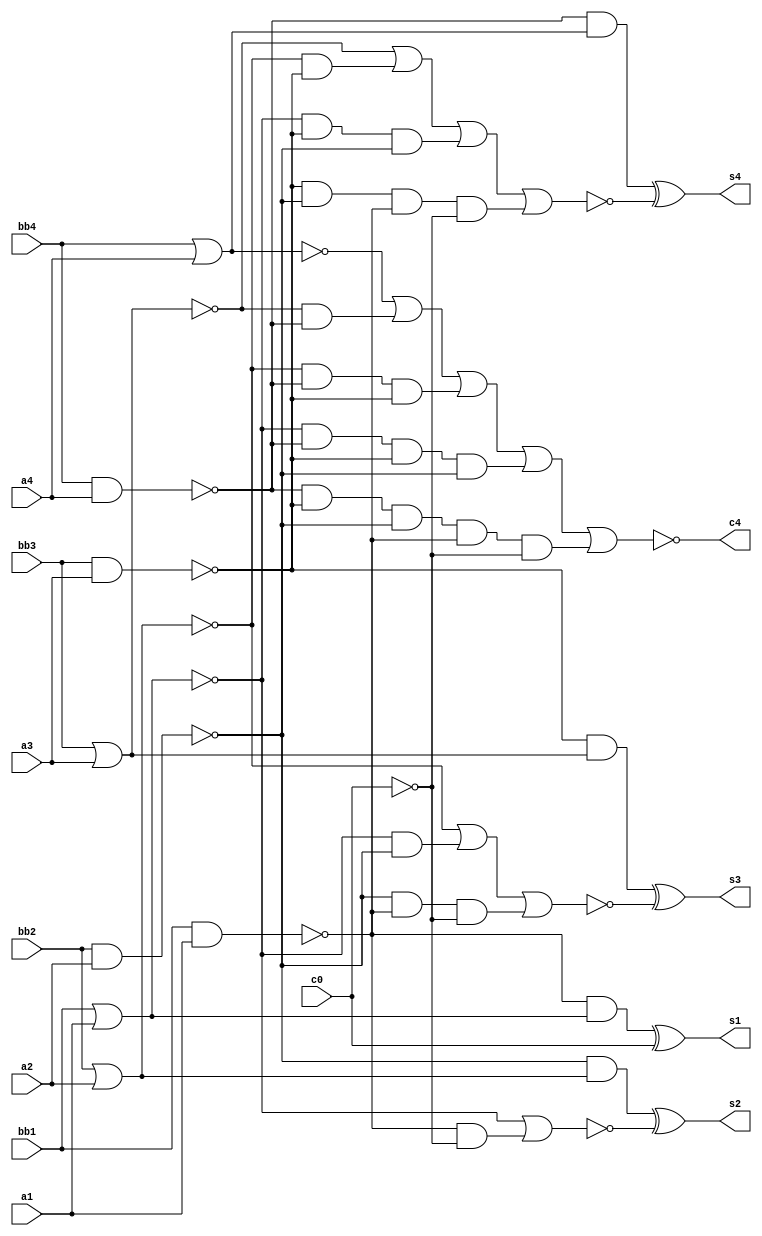
/*
  MIT License

  Copyright (c) 2019 Richard Eng

  Permission is hereby granted, free of charge, to any person obtaining a copy
  of this software and associated documentation files (the "Software"), to deal
  in the Software without restriction, including without limitation the rights
  to use, copy, modify, merge, publish, distribute, sublicense, and/or sell
  copies of the Software, and to permit persons to whom the Software is
  furnished to do so, subject to the following conditions:

  The above copyright notice and this permission notice shall be included in all
  copies or substantial portions of the Software.

  THE SOFTWARE IS PROVIDED "AS IS", WITHOUT WARRANTY OF ANY KIND, EXPRESS OR
  IMPLIED, INCLUDING BUT NOT LIMITED TO THE WARRANTIES OF MERCHANTABILITY,
  FITNESS FOR A PARTICULAR PURPOSE AND NONINFRINGEMENT. IN NO EVENT SHALL THE
  AUTHORS OR COPYRIGHT HOLDERS BE LIABLE FOR ANY CLAIM, DAMAGES OR OTHER
  LIABILITY, WHETHER IN AN ACTION OF CONTRACT, TORT OR OTHERWISE, ARISING FROM,
  OUT OF OR IN CONNECTION WITH THE SOFTWARE OR THE USE OR OTHER DEALINGS IN THE
  SOFTWARE.
*/

/*
  74LS83
  ------
  4-Bit Binary Adder with Fast Carry
  
  Pinout
  ------
          _______
         |       |
     a4 -| 1  16 |- b4
     s3 -| 2  15 |- s4
     a3 -| 3  14 |- c4
     b3 -| 4  13 |- c0
    VCC -| 5  12 |- GND
     s2 -| 6  11 |- b1
     b2 -| 7  10 |- a1
     a2 -| 8   9 |- s1     
         |_______|
*/
`default_nettype none

module ls83
(
    input wire  a1, a2, a3, a4, bb1, bb2, bb3, bb4, c0,
    output wire s1, s2, s3, s4, c4
);

wire i1, i2, i3, i4, i5, i6, i7, i8, i9;
nand(i1, bb4, a4);
nor(i2, bb4, a4);
nand(i3, bb3, a3);
nor(i4, bb3, a3);
nand(i5, bb2, a2);
nor(i6, bb2, a2);
nand(i7, bb1, a1);
nor(i8, bb1, a1);
not(i9, c0);

wire j1, j2, j3, j4, j5, j6, j7, j8, j9, j10, j11, j12, j13, j14, j15, j16, j17, j18, j19;

assign j1 = i2;
and(j2, i4, i1);
and(j3, i6, i1, i3);
and(j4, i8, i1, i3, i5);
and(j5, i1, i3, i5, i7, i9);
and(j6, i1, ~i2);

assign j7 = i4;
and(j8, i6, i3);
and(j9, i8, i3, i5);
and(j10, i3, i5, i7, i9);
and(j11, i3, ~i4);

assign j12 = i6;
and(j13, i8, i5);
and(j14, i5, i7, i9);
and(j15, i5, ~i6);

assign j16 = i8;
and(j17, i7, i9);
and(j18, i7, ~i8);
not(j19, i9);

wire k1, k2, k3, k4;
nor(k1, j1, j2, j3, j4, j5);
nor(k2, j7, j8, j9, j10);
nor(k3, j12, j13, j14);
nor(k4, j16, j17);

wire l1, l2, l3, l4;
xor(l1, j6, k2);
xor(l2, j11, k3);
xor(l3, j15, k4);
xor(l4, j18, j19);

assign c4 = k1;
assign s4 = l1;
assign s3 = l2;
assign s2 = l3;
assign s1 = l4;

endmodule